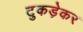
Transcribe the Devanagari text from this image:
टुकड़ेकर